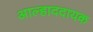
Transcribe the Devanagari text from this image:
अाल्हाददायक